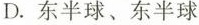
D.东半球、东半球